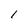
Character: l